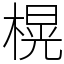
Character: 榥